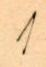
1